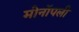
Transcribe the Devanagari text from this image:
मोनॉपली